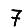
Digit: 7